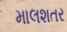
માલશતર